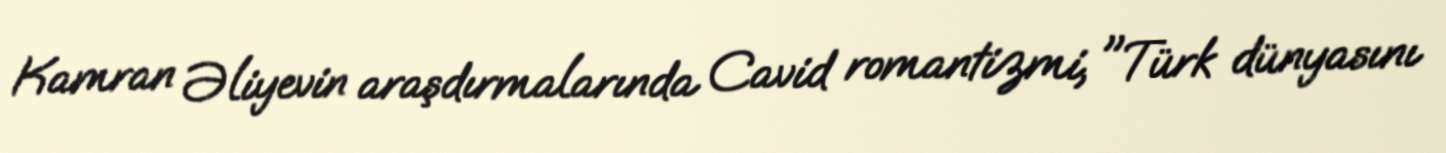
Kamran Əliyevin araşdırmalarında Cavid romantizmi, "Türk dünyasını